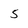
Character: 5